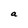
Character: a